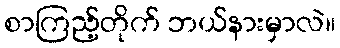
စာကြည့်တိုက် ဘယ်နားမှာလဲ။